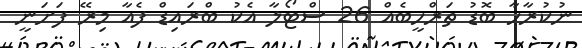
ނުކުރާހާ ބޮޑު ތަރްހީބެއް 26 ސްޓޯލާ އެކު ބްރައިޑް ފެއާ މިރޭ ފަށަނީ